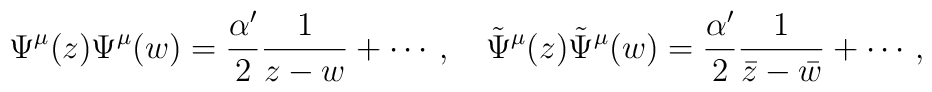
\Psi^\mu (z) \Psi^\mu (w) = \frac{\alpha'}{2}\frac{1}{z-w} + \cdots\, ,\quad\tilde\Psi^\mu (z) \tilde\Psi^\mu (w) = \frac{\alpha'}{2}\frac{1}{\bar  z-\bar w} + \cdots\, ,